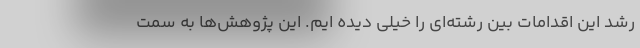
رشد این اقدامات بین رشته‌ای را خیلی دیده ایم. این پژوهش‌ها به سمت